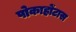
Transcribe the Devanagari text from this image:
पोकाहोंटास